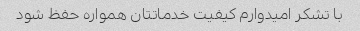
با تشکر امیدوارم کیفیت خدماتتان همواره حفظ شود